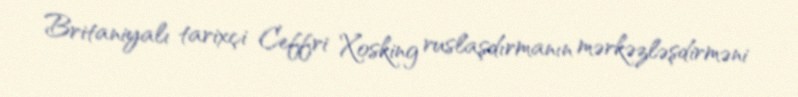
Britaniyalı tarixçi Ceffri Xosking ruslaşdırmanın mərkəzləşdirməni